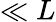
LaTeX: \ll L